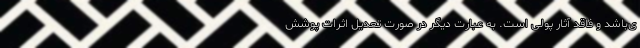
ی‌باشد و فاقد آثار پولی است. به عبارت دیگر در صورت تعدیل اثرات پوشش